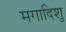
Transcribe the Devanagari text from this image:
मगादिशु